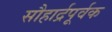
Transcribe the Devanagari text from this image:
सौहार्द्रपूर्वक